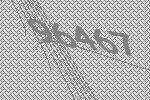
96467